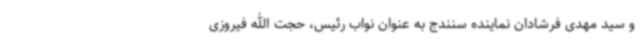
و سید مهدی فرشادان نماینده سنندج به عنوان نواب رئیس، حجت الله فیروزی